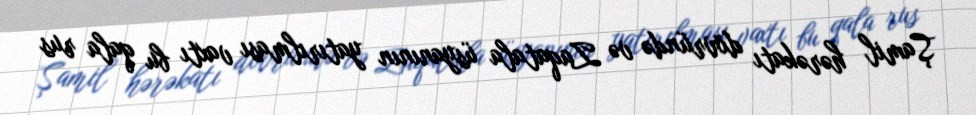
Şamil hərəkatı dövründə və Zaqatala üsyanının yatırılması vaxtı bu qala rus